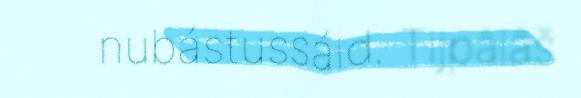
nubástussáid. Tijpâlâš